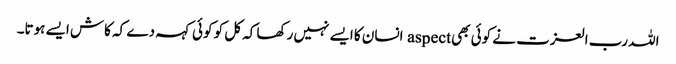
اللہ رب العزت نے کوئی بھی aspect انسان کا ایسے نہیں رکھا کہ کل کو کوئی کہہ دے کہ کاش ایسے ہوتا۔